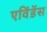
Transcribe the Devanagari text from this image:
एविंडेंस